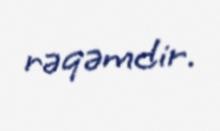
rəqəmdir.